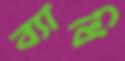
ব্যাধি